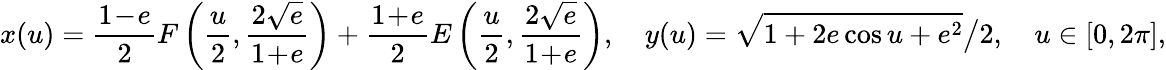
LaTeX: x(u)=\frac{1\! -\! e}2F\left(\frac u2,\frac{2\sqrt e}{1\! +\! e}\right)+\frac{1\! +\! e}2E\left(\frac u2,\frac{2\sqrt e}{1\! +\! e}\right),\quad y(u)=\sqrt{1+2e\cos u+e^{2}}\big/2,\quad u\in[0,2\pi],